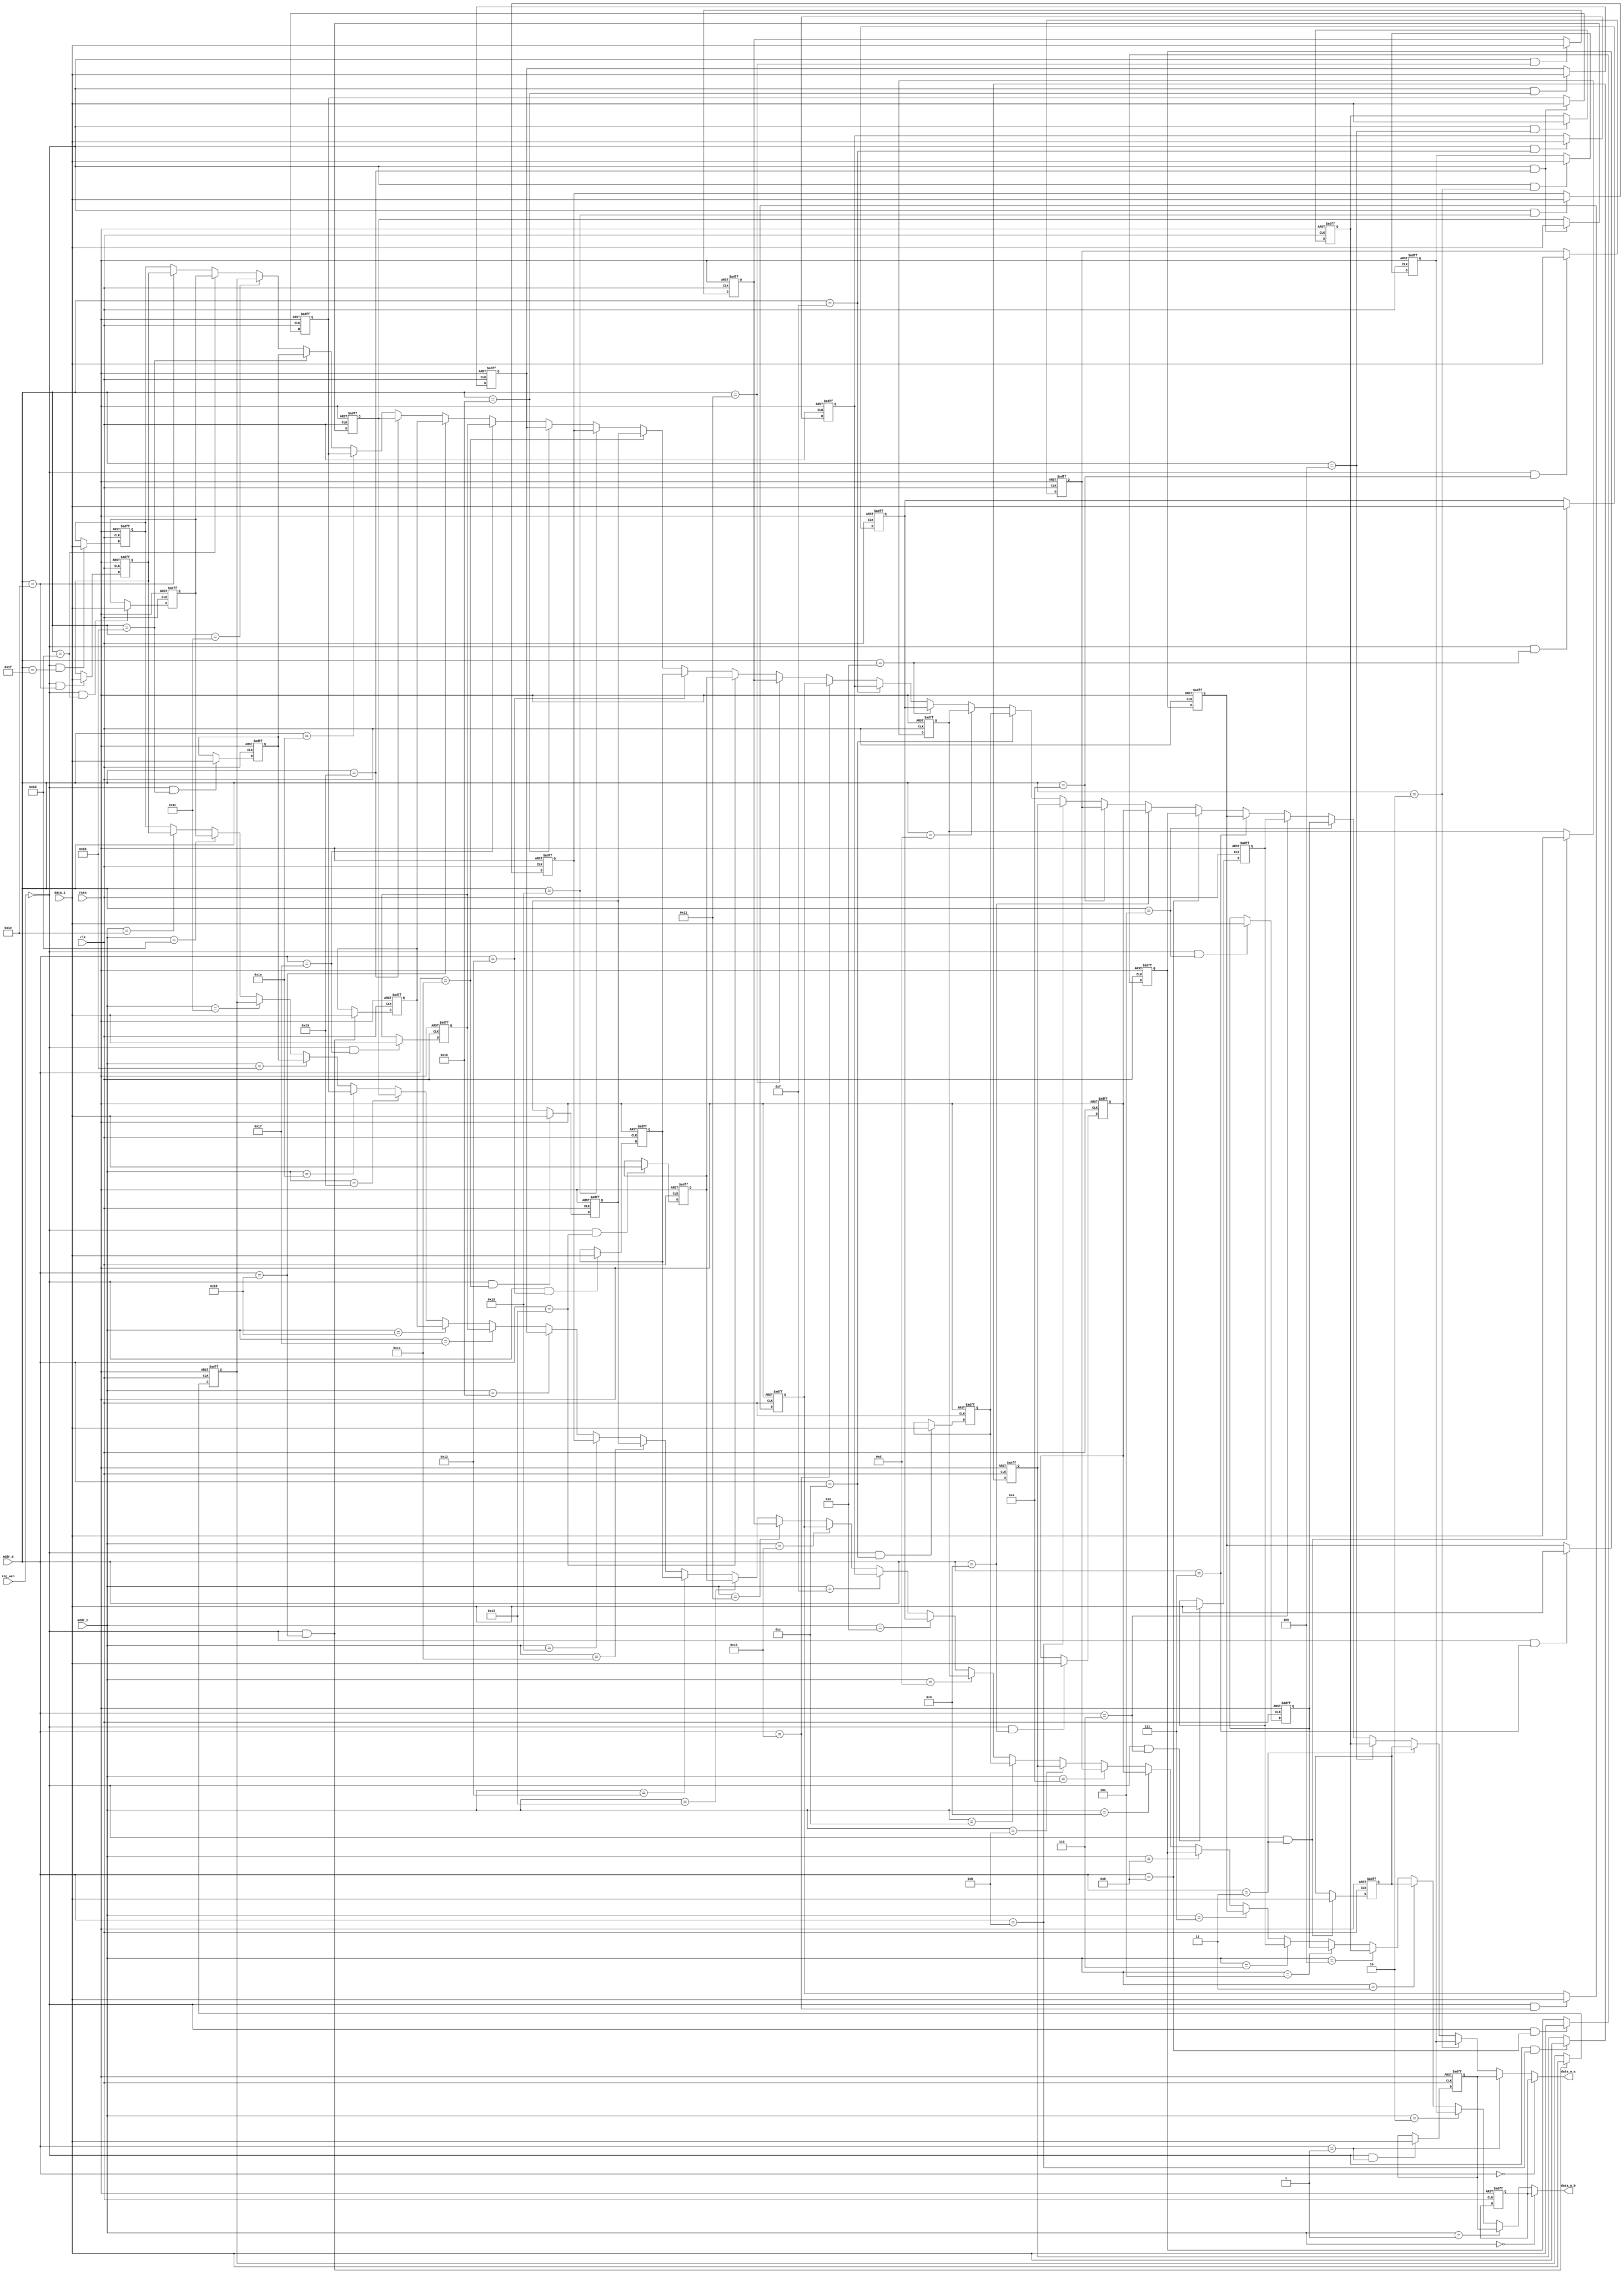
/////////////////////////////////////////////
// Description : Register bank for SNEVA01 core
/////////////////////////////////////////////

module reg_bank (
                input wire        clk,    //clock
                input wire        rstn,   //async reset
                input wire        reg_wen,//reg write enable , active low
                input wire [4:0]  addr_a, //address A
                input wire [4:0]  addr_b, //address B
		input wire [31:0] data_i, //data input
	        output wire [31:0] data_o_a, //data out A
	        output wire [31:0] data_o_b  //data out B
                );


  //register 32-bit : r0 -> r31 
  reg [31:0] r0; //always 0
  reg [31:0] r1;
  reg [31:0] r2;
  reg [31:0] r3;
  reg [31:0] r4;
  reg [31:0] r5;
  reg [31:0] r6;
  reg [31:0] r7;
  reg [31:0] r8;
  reg [31:0] r9;
  reg [31:0] r10;
  reg [31:0] r11;
  reg [31:0] r12;
  reg [31:0] r13;
  reg [31:0] r14;
  reg [31:0] r15;
  reg [31:0] r16;
  reg [31:0] r17;
  reg [31:0] r18;
  reg [31:0] r19;
  reg [31:0] r20;
  reg [31:0] r21;
  reg [31:0] r22;
  reg [31:0] r23;
  reg [31:0] r24;
  reg [31:0] r25;
  reg [31:0] r26;
  reg [31:0] r27;
  reg [31:0] r28;
  reg [31:0] r29;
  reg [31:0] r30;
  reg [31:0] r31;


  //outdata

  assign data_o_a = (addr_a == 5'd0)? r0:
                    (addr_a == 5'd1)? r1:
                    (addr_a == 5'd2)? r2:
                    (addr_a == 5'd3)? r3:
                    (addr_a == 5'd4)? r4:
                    (addr_a == 5'd5)? r5:
                    (addr_a == 5'd6)? r6:
                    (addr_a == 5'd7)? r7:
                    (addr_a == 5'd8)? r8:
                    (addr_a == 5'd9)? r9:
                    (addr_a == 5'd10)? r10:
                    (addr_a == 5'd11)? r11:
                    (addr_a == 5'd12)? r12:
                    (addr_a == 5'd13)? r13:
                    (addr_a == 5'd14)? r14:
                    (addr_a == 5'd15)? r15:
                    (addr_a == 5'd16)? r16:
                    (addr_a == 5'd17)? r17:
                    (addr_a == 5'd18)? r18:
                    (addr_a == 5'd19)? r19:
                    (addr_a == 5'd20)? r20:
                    (addr_a == 5'd21)? r21:
                    (addr_a == 5'd22)? r22:
                    (addr_a == 5'd23)? r23:
                    (addr_a == 5'd24)? r24:
                    (addr_a == 5'd25)? r25:
                    (addr_a == 5'd26)? r26:
                    (addr_a == 5'd27)? r27:
                    (addr_a == 5'd28)? r28:
                    (addr_a == 5'd29)? r29:
                    (addr_a == 5'd30)? r30: r31;

  assign data_o_b = (addr_b == 5'd0)? r0:
                    (addr_b == 5'd1)? r1:
                    (addr_b == 5'd2)? r2:
                    (addr_b == 5'd3)? r3:
                    (addr_b == 5'd4)? r4:
                    (addr_b == 5'd5)? r5:
                    (addr_b == 5'd6)? r6:
                    (addr_b == 5'd7)? r7:
                    (addr_b == 5'd8)? r8:
                    (addr_b == 5'd9)? r9:
                    (addr_b == 5'd10)? r10:
                    (addr_b == 5'd11)? r11:
                    (addr_b == 5'd12)? r12:
                    (addr_b == 5'd13)? r13:
                    (addr_b == 5'd14)? r14:
                    (addr_b == 5'd15)? r15:
                    (addr_b == 5'd16)? r16:
                    (addr_b == 5'd17)? r17:
                    (addr_b == 5'd18)? r18:
                    (addr_b == 5'd19)? r19:
                    (addr_b == 5'd20)? r20:
                    (addr_b == 5'd21)? r21:
                    (addr_b == 5'd22)? r22:
                    (addr_b == 5'd23)? r23:
                    (addr_b == 5'd24)? r24:
                    (addr_b == 5'd25)? r25:
                    (addr_b == 5'd26)? r26:
                    (addr_b == 5'd27)? r27:
                    (addr_b == 5'd28)? r28:
                    (addr_b == 5'd29)? r29:
                    (addr_b == 5'd30)? r30: r31;



  //r0 ~
  always@(posedge clk or negedge rstn) begin
     if(!rstn) begin
       r0 <= 32'h0000_0000;
     end
     else begin
       r0 <= r0;
     end
  end

  //r1 ~
  always@(posedge clk or negedge rstn) begin
     if(!rstn) begin
       r1 <= 32'h0000_0000;
     end
     else begin
       if (!reg_wen && addr_a == 5'd01) begin //write
         r1 <= data_i;
       end
       else begin
         r1 <= r1;
       end
     end
  end
  //r2 ~
  always@(posedge clk or negedge rstn) begin
     if(!rstn) begin
       r2 <= 32'h0000_0000;
     end
     else begin
       if (!reg_wen && addr_a == 5'd02) begin //write
         r2 <= data_i;
       end
       else begin
         r2 <= r2;
       end
     end
  end
  //r3 ~
  always@(posedge clk or negedge rstn) begin
     if(!rstn) begin
       r3 <= 32'h0000_0000;
     end
     else begin
       if (!reg_wen && addr_a == 5'd03) begin //write
         r3 <= data_i;
       end
       else begin
         r3 <= r3;
       end
     end
  end
  //r4 ~
  always@(posedge clk or negedge rstn) begin
     if(!rstn) begin
       r4 <= 32'h0000_0000;
     end
     else begin
       if (!reg_wen && addr_a == 5'd04) begin //write
         r4 <= data_i;
       end
       else begin
         r4 <= r4;
       end
     end
  end
  //r5 ~
  always@(posedge clk or negedge rstn) begin
     if(!rstn) begin
       r5 <= 32'h0000_0000;
     end
     else begin
       if (!reg_wen && addr_a == 5'd05) begin //write
         r5 <= data_i;
       end
       else begin
         r5 <= r5;
       end
     end
  end
  //r6 ~
  always@(posedge clk or negedge rstn) begin
     if(!rstn) begin
       r6 <= 32'h0000_0000;
     end
     else begin
       if (!reg_wen && addr_a == 5'd06) begin //write
         r6 <= data_i;
       end
       else begin
         r6 <= r6;
       end
     end
  end
  //r7 ~
  always@(posedge clk or negedge rstn) begin
     if(!rstn) begin
       r7 <= 32'h0000_0000;
     end
     else begin
       if (!reg_wen && addr_a == 5'd07) begin //write
         r7 <= data_i;
       end
       else begin
         r7 <= r7;
       end
     end
  end
  //r8 ~
  always@(posedge clk or negedge rstn) begin
     if(!rstn) begin
       r8 <= 32'h0000_0000;
     end
     else begin
       if (!reg_wen && addr_a == 5'd08) begin //write
         r8 <= data_i;
       end
       else begin
         r8 <= r8;
       end
     end
  end
  //r9 ~
  always@(posedge clk or negedge rstn) begin
     if(!rstn) begin
       r9 <= 32'h0000_0000;
     end
     else begin
       if (!reg_wen && addr_a == 5'd09) begin //write
         r9 <= data_i;
       end
       else begin
         r9 <= r9;
       end
     end
  end
  //r10 ~
  always@(posedge clk or negedge rstn) begin
     if(!rstn) begin
       r10 <= 32'h0000_0000;
     end
     else begin
       if (!reg_wen && addr_a == 5'd10) begin //write
         r10 <= data_i;
       end
       else begin
         r10 <= r10;
       end
     end
  end
  //r11 ~
  always@(posedge clk or negedge rstn) begin
     if(!rstn) begin
       r11 <= 32'h0000_0000;
     end
     else begin
       if (!reg_wen && addr_a == 5'd11) begin //write
         r11 <= data_i;
       end
       else begin
         r11 <= r11;
       end
     end
  end
  //r12 ~
  always@(posedge clk or negedge rstn) begin
     if(!rstn) begin
       r12 <= 32'h0000_0000;
     end
     else begin
       if (!reg_wen && addr_a == 5'd12) begin //write
         r12 <= data_i;
       end
       else begin
         r12 <= r12;
       end
     end
  end
  //r13 ~
  always@(posedge clk or negedge rstn) begin
     if(!rstn) begin
       r13 <= 32'h0000_0000;
     end
     else begin
       if (!reg_wen && addr_a == 5'd03) begin //write
         r13 <= data_i;
       end
       else begin
         r13 <= r13;
       end
     end
  end
  //r14 ~
  always@(posedge clk or negedge rstn) begin
     if(!rstn) begin
       r14 <= 32'h0000_0000;
     end
     else begin
       if (!reg_wen && addr_a == 5'd14) begin //write
         r14 <= data_i;
       end
       else begin
         r14 <= r14;
       end
     end
  end
  //r15 ~
  always@(posedge clk or negedge rstn) begin
     if(!rstn) begin
       r15 <= 32'h0000_0000;
     end
     else begin
       if (!reg_wen && addr_a == 5'd15) begin //write
         r15 <= data_i;
       end
       else begin
         r15 <= r15;
       end
     end
  end
  //r16 ~
  always@(posedge clk or negedge rstn) begin
     if(!rstn) begin
       r16 <= 32'h0000_0000;
     end
     else begin
       if (!reg_wen && addr_a == 5'd16) begin //write
         r16 <= data_i;
       end
       else begin
         r16 <= r16;
       end
     end
  end
  //r17 ~
  always@(posedge clk or negedge rstn) begin
     if(!rstn) begin
       r17 <= 32'h0000_0000;
     end
     else begin
       if (!reg_wen && addr_a == 5'd17) begin //write
         r17 <= data_i;
       end
       else begin
         r17 <= r17;
       end
     end
  end
  //r18 ~
  always@(posedge clk or negedge rstn) begin
     if(!rstn) begin
       r18 <= 32'h0000_0000;
     end
     else begin
       if (!reg_wen && addr_a == 5'd18) begin //write
         r18 <= data_i;
       end
       else begin
         r18 <= r18;
       end
     end
  end
  //r19 ~
  always@(posedge clk or negedge rstn) begin
     if(!rstn) begin
       r19 <= 32'h0000_0000;
     end
     else begin
       if (!reg_wen && addr_a == 5'd19) begin //write
         r19 <= data_i;
       end
       else begin
         r19 <= r19;
       end
     end
  end
  //r20 ~
  always@(posedge clk or negedge rstn) begin
     if(!rstn) begin
       r20 <= 32'h0000_0000;
     end
     else begin
       if (!reg_wen && addr_a == 5'd20) begin //write
         r20 <= data_i;
       end
       else begin
         r20 <= r20;
       end
     end
  end
  //r21 ~
  always@(posedge clk or negedge rstn) begin
     if(!rstn) begin
       r21 <= 32'h0000_0000;
     end
     else begin
       if (!reg_wen && addr_a == 5'd21) begin //write
         r21 <= data_i;
       end
       else begin
         r21 <= r21;
       end
     end
  end
  //r22 ~
  always@(posedge clk or negedge rstn) begin
     if(!rstn) begin
       r22 <= 32'h0000_0000;
     end
     else begin
       if (!reg_wen && addr_a == 5'd22) begin //write
         r22 <= data_i;
       end
       else begin
         r22 <= r22;
       end
     end
  end
  //r23 ~
  always@(posedge clk or negedge rstn) begin
     if(!rstn) begin
       r23 <= 32'h0000_0000;
     end
     else begin
       if (!reg_wen && addr_a == 5'd23) begin //write
         r23 <= data_i;
       end
       else begin
         r23 <= r23;
       end
     end
  end
  //r24 ~
  always@(posedge clk or negedge rstn) begin
     if(!rstn) begin
       r24 <= 32'h0000_0000;
     end
     else begin
       if (!reg_wen && addr_a == 5'd24) begin //write
         r24 <= data_i;
       end
       else begin
         r24 <= r24;
       end
     end
  end
  //r25 ~
  always@(posedge clk or negedge rstn) begin
     if(!rstn) begin
       r25 <= 32'h0000_0000;
     end
     else begin
       if (!reg_wen && addr_a == 5'd25) begin //write
         r25 <= data_i;
       end
       else begin
         r25 <= r25;
       end
     end
  end
  //r26 ~
  always@(posedge clk or negedge rstn) begin
     if(!rstn) begin
       r26 <= 32'h0000_0000;
     end
     else begin
       if (!reg_wen && addr_a == 5'd25) begin //write
         r26 <= data_i;
       end
       else begin
         r26 <= r26;
       end
     end
  end
  //r27 ~
  always@(posedge clk or negedge rstn) begin
     if(!rstn) begin
       r27 <= 32'h0000_0000;
     end
     else begin
       if (!reg_wen && addr_a == 5'd27) begin //write
         r27 <= data_i;
       end
       else begin
         r27 <= r27;
       end
     end
  end
  //r28 ~
  always@(posedge clk or negedge rstn) begin
     if(!rstn) begin
       r28 <= 32'h0000_0000;
     end
     else begin
       if (!reg_wen && addr_a == 5'd24) begin //write
         r28 <= data_i;
       end
       else begin
         r28 <= r28;
       end
     end
  end
  //r29 ~
  always@(posedge clk or negedge rstn) begin
     if(!rstn) begin
       r29 <= 32'h0000_0000;
     end
     else begin
       if (!reg_wen && addr_a == 5'd29) begin //write
         r29 <= data_i;
       end
       else begin
         r29 <= r29;
       end
     end
  end
  //r30 ~
  always@(posedge clk or negedge rstn) begin
     if(!rstn) begin
       r30 <= 32'h0000_0000;
     end
     else begin
       if (!reg_wen && addr_a == 5'd30) begin //write
         r30 <= data_i;
       end
       else begin
         r30 <= r30;
       end
     end
  end
  //r31 ~
  always@(posedge clk or negedge rstn) begin
     if(!rstn) begin
       r31 <= 32'h0000_0000;
     end
     else begin
       if (!reg_wen && addr_a == 5'd31) begin //write
         r31 <= data_i;
       end
       else begin
         r31 <= r31;
       end
     end
  end
endmodule